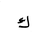
Letter: _kaf